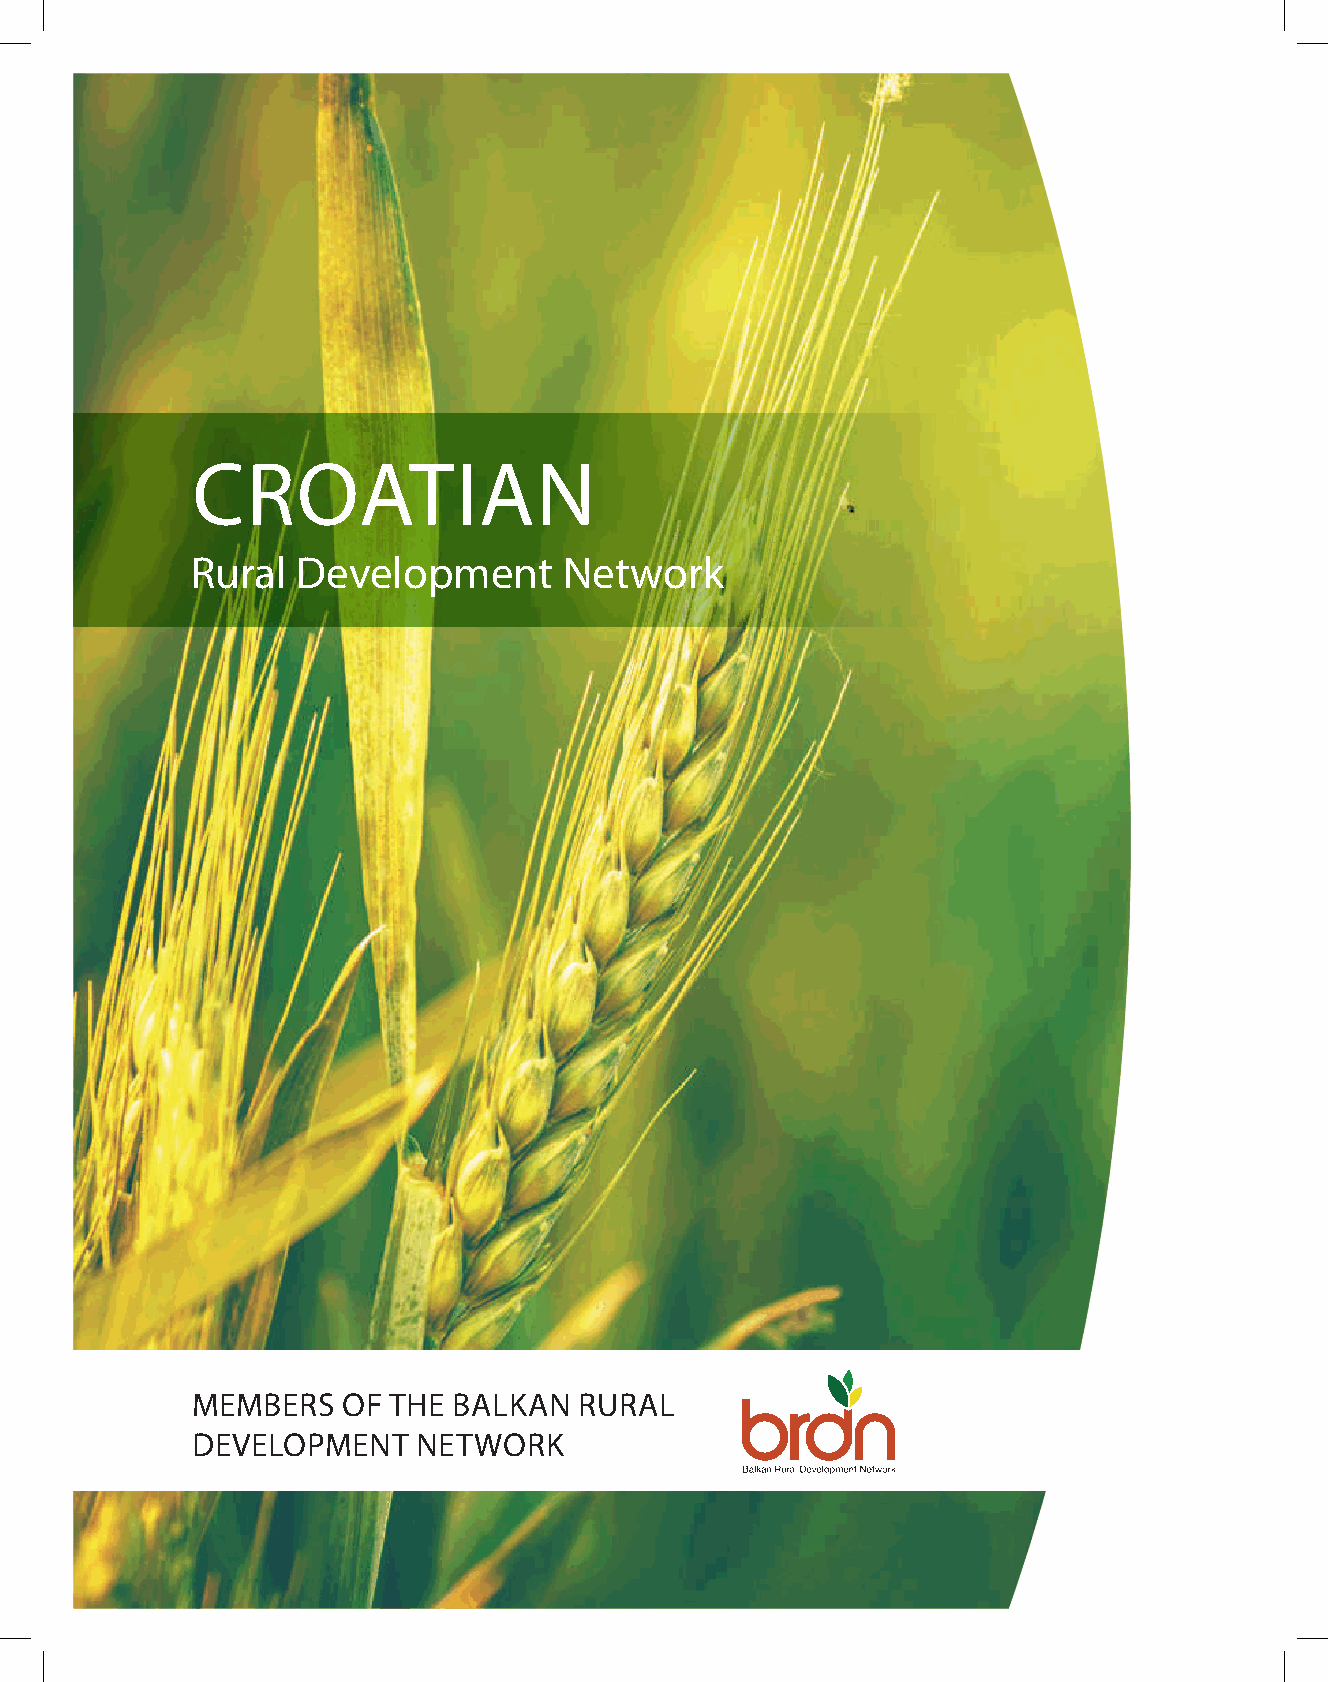
CROATIAN
 Rural  Development      Network
 MEMBERS   OF THE BALKAN  RURAL
 DEVELOPMENT    NETWORK